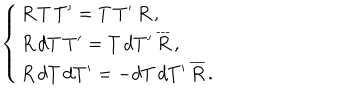
\left\{ \begin{array} { l } { { R \, T \, T ^ { \prime } = T \, T ^ { \prime } \, R \, , } } \\ { { R \, d T \, T ^ { \prime } = T \, d T ^ { \prime } \, \overline { { { R } } } \, , } } \\ { { R \, d T \, d T ^ { \prime } = - d T \, d T ^ { \prime } \, \overline { { { R } } } \, . } } \\ \end{array} \right.